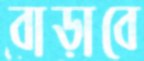
বাড়াবে